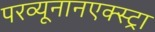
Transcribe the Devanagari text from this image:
परव्यूनानएक्स्ट्रा